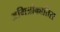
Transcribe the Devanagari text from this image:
अमित्रोकातिस